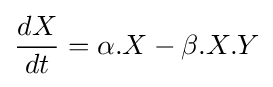
{\frac {dX}{dt}}=\alpha .X-\beta .X.Y